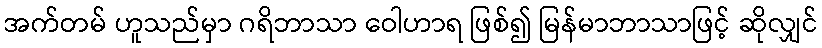
အက်တမ် ဟူသည်မှာ ဂရိဘာသာ ဝေါဟာရ ဖြစ်၍ မြန်မာဘာသာဖြင့် ဆိုလျှင်